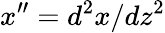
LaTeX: x^{\prime\prime}=d^{2}x/dz^{2}